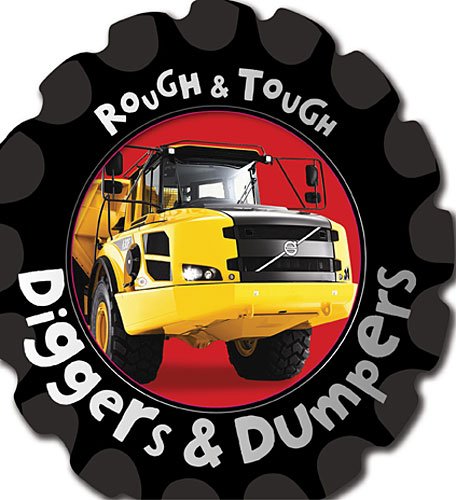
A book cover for Diggers (Rough and Tough); Fiona Boon; Children's Books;